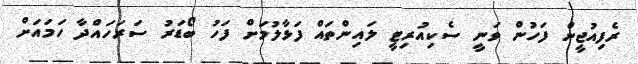
ރެފިއުޖީން ފަހުން ވަނީ ސެކިއުރިޓީ ލައިންތައް ފަޅާލުމަށް ފަހު ބޯޑަރު ސަރަހައްދާ ހަމައަށް